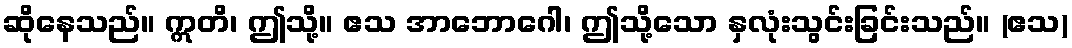
ဆိုနေသည်။ ဣတိ၊ ဤသို့။ ဧသ အာဘောဂေါ၊ ဤသို့သော နှလုံးသွင်းခြင်းသည်။ (ဧသ)